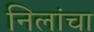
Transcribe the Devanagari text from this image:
निलांचा